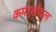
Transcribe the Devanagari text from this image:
कमर्शीयल